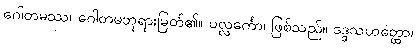
ဂေါတမဿ၊ ဂေါတမဘုရားမြတ်၏။ ပလ္လင်္ကော၊ ဖြစ်သည်။ ဒဒ္ဒသဟတ္ထော၊